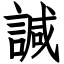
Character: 諴